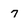
Character: 7